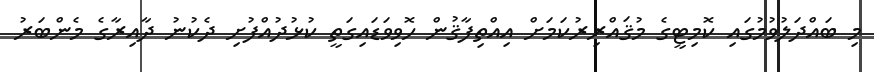
މި ބައްދަލުވުމުގައި ކޮމިޓީގެ މުޤައްރިރުކަމަށް އިއްތިފާޤުން ހޮވިވަޑައިގަތީ ކުޅުދުއްފުށި ދެކުނު ދާއިރާގެ މެންބަރު